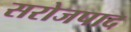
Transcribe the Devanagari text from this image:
सरोजपाद